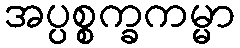
အပ္ပစ္စက္ခကမ္မာ